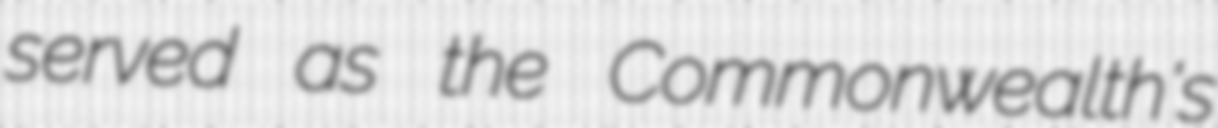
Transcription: served as the Commonwealth's